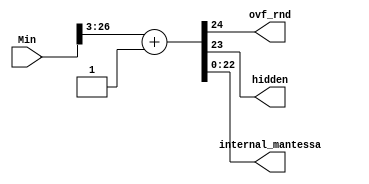
module round_3 (Min , ovf_rnd , hidden , internal_mantessa);
input [26:0]Min;
output reg ovf_rnd; 
output reg hidden;
output reg [22:0]internal_mantessa;
always@(*)
begin
    {ovf_rnd,hidden,internal_mantessa}=Min[26:3] + 1'b1 ;
end
endmodule